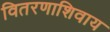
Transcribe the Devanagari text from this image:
वितरणाशिवाय